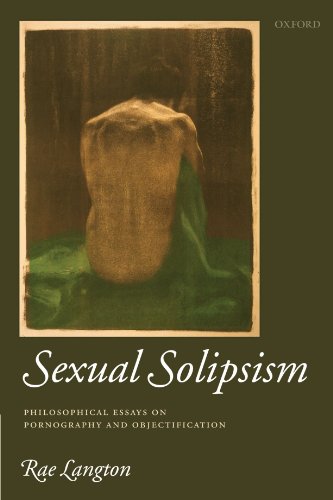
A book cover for Sexual Solipsism: Philosophical Essays on Pornography and Objectification; Rae Langton; Politics & Social Sciences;